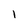
Character: 1